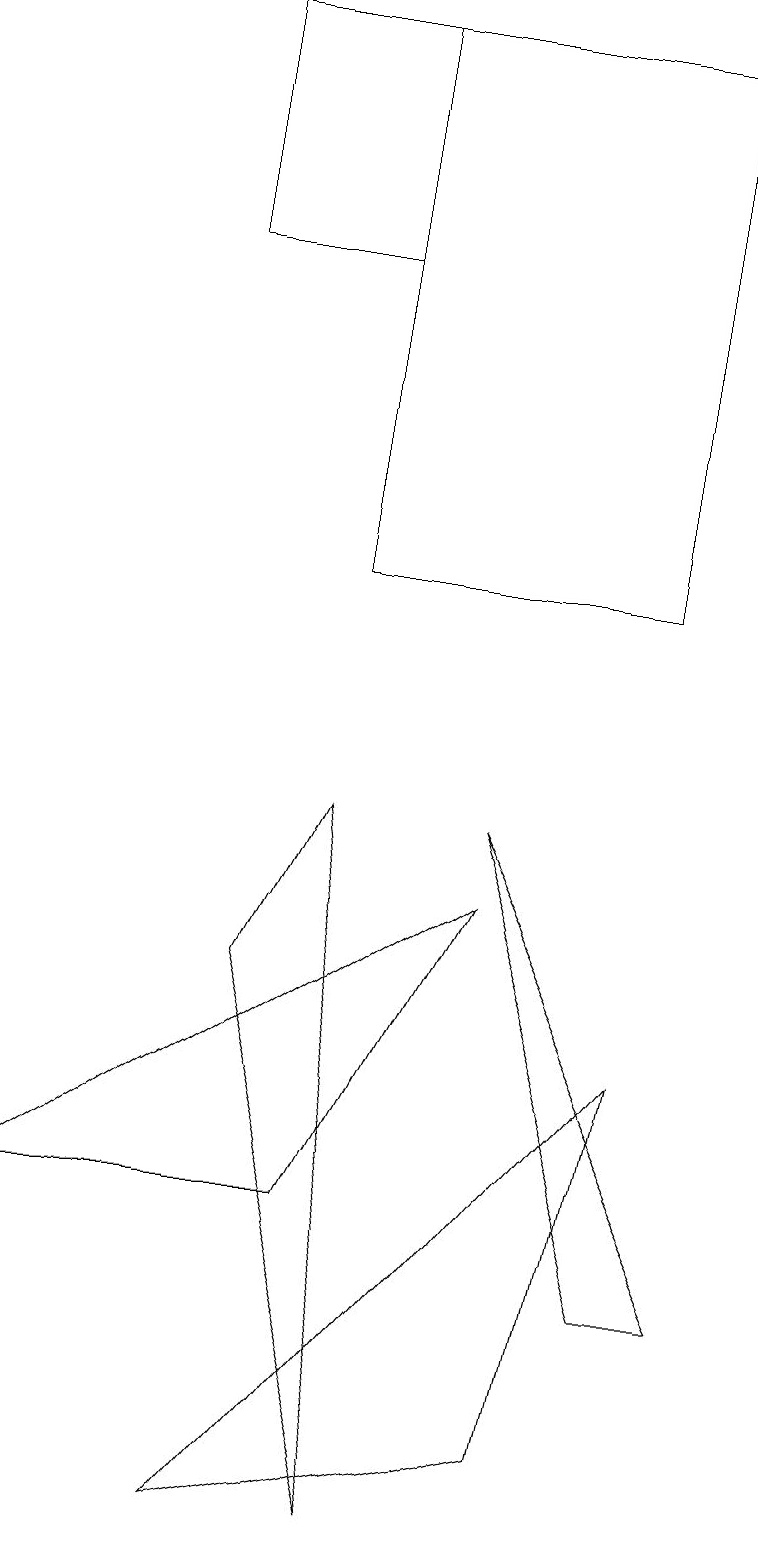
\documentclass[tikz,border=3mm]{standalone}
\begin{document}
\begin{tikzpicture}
\draw (4,4) -- (6,8) -- (0,4) -- cycle;
\draw (3,7) -- (4,9) -- (5,0) -- cycle;
\draw (8,6) -- (7,1) -- (3,0) -- cycle;
\draw (8,3) -- (6,9) -- (9,3) -- cycle;
\draw (8,19) rectangle (4,12);
\draw (2,16) rectangle (4,19);
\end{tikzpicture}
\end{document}